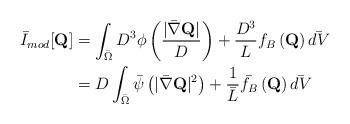
LaTeX: \begin{align*} \bar{I}_{mod}[\mathbf{Q}] &= \int_{\bar{\Omega}} D^3 \phi\left(\frac{|\bar{\nabla} \mathbf{Q}|}{D}\right) + \frac{D^3}{L}f_B\left(\mathbf{Q}\right) \bar{dV} \\ &= D \int_{\bar{\Omega}} \bar{\psi}\left(|\bar{\nabla} \mathbf{Q} |^2 \right) + \frac{1}{\bar{L}}\bar{f_B}\left(\mathbf{Q}\right) \bar{dV} \end{align*}